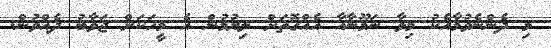
މި ދެންނެވުމާއެކު މިވާ ނަމޫނާއާ އެއްގޮތަށް ލިޔުމުން އެ މީހަކަށް ޖަވާބު ދެއްވުން.